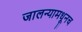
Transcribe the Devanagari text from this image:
जालन्यामधूनच